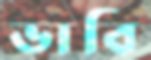
ভাবি